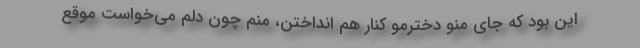
این بود که جای منو دخترمو کنار هم انداختن، منم چون دلم می‌خواست موقع